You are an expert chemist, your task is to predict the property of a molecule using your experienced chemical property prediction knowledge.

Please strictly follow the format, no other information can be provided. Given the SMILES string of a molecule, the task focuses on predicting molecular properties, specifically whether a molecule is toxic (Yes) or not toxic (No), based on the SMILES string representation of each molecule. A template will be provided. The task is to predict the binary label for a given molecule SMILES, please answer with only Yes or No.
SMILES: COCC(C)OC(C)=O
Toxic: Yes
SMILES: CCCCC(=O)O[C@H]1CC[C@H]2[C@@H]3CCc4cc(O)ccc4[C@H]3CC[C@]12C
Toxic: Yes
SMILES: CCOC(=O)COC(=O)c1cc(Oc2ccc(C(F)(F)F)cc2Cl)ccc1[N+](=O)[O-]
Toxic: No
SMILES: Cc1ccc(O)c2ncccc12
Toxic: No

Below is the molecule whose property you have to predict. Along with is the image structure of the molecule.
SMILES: CCOC(=O)CC(C(C)=O)C(C)=O
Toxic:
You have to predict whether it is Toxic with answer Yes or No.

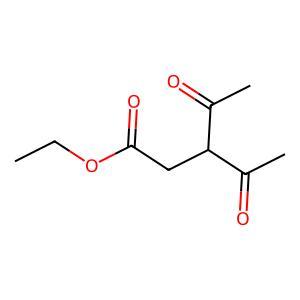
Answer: No